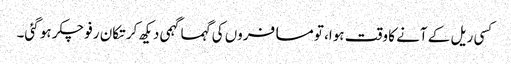
کسی ریل کے آنے کا وقت ہوا، تو مسافروں کی گہماگہمی دیکھ کر تکان رفو چکر ہو گئی۔